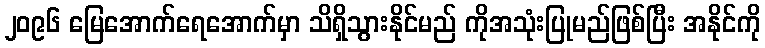
၂၀၉၆ မြေအောက်ရေအောက်မှာ သိရှိသွားနိုင်မည် ကိုအသုံးပြုမည်ဖြစ်ပြီး အနိုင်ကို